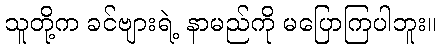
သူတို့က ခင်ဗျားရဲ့ နာမည်ကို မပြောကြပါဘူး။